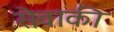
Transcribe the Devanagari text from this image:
सेवाकी